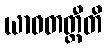
ယာဝတတ္ထီတိ